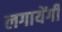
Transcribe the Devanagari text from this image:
लगायेंगी